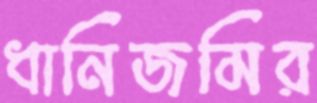
ধানিজমির